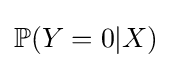
\mathbb {P} (Y=0|X)